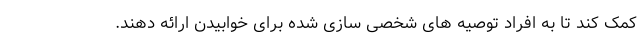
کمک کند تا به افراد توصیه های شخصی سازی شده برای خوابیدن ارائه دهند.